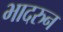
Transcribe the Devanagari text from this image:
भादरुन